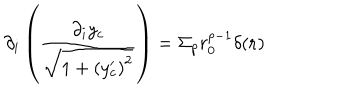
LaTeX: \partial _ { i } \left( \frac { \partial _ { i } y _ { c } } { \sqrt { 1 + \left( y _ { c } ^ { \prime } \right) ^ { 2 } } } \right) = \Sigma _ { p } r _ { 0 } ^ { p - 1 } \delta ( { \bf r } )